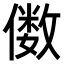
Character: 𫣫